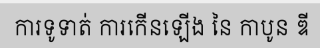
ការទូទាត់ ការកើនឡើង នៃ កាបូន ឌី